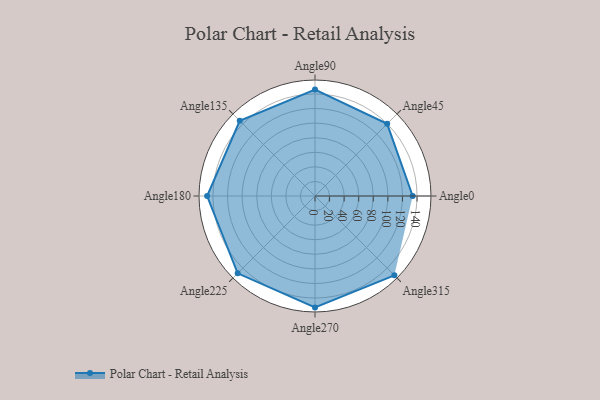
{"axis": {"x": "Angle", "y": "Radius"}, "legend": [""], "data": [{"x": "Angle0", "y": 134.0, "type": ""}, {"x": "Angle45", "y": 140.0, "type": ""}, {"x": "Angle90", "y": 146.0, "type": ""}, {"x": "Angle135", "y": 146.0, "type": ""}, {"x": "Angle180", "y": 148.0, "type": ""}, {"x": "Angle225", "y": 150.0, "type": ""}, {"x": "Angle270", "y": 153.0, "type": ""}, {"x": "Angle315", "y": 154.0, "type": ""}]}